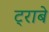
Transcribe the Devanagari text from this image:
ट्राबे